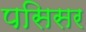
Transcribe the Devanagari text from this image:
पसिसर